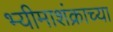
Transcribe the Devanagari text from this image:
भ्यीमाशंक्राच्या